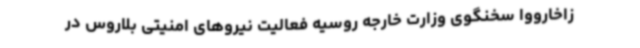
زاخارووا سخنگوی وزارت خارجه روسیه فعالیت نیروهای امنیتی بلاروس در